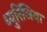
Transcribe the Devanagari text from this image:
थ्युरिंजिया